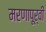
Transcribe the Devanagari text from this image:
मरणापूर्वी